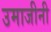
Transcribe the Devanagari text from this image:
उमाजीनी